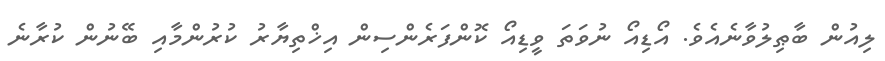
ލިއުން ބާޠިލުވާނެއެވެ. އޯޑިއޯ ނުވަތަ ވީޑިއޯ ކޮންފަރެންސިން އިޚްތިޔާރު ކުރުންމާއި ބޭނުން ކުރާނެ